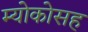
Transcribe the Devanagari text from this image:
म्योकोसह